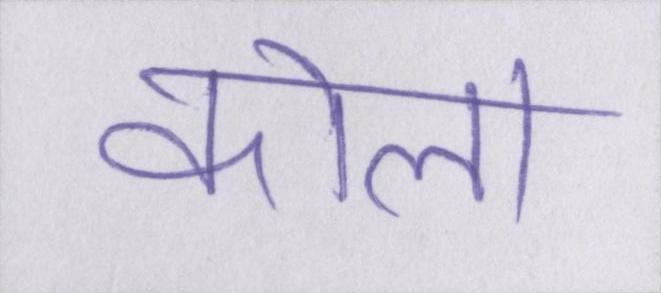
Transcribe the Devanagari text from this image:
कोला